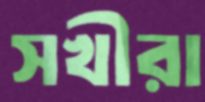
সখীরা